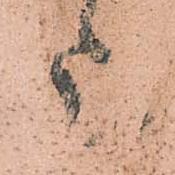
上